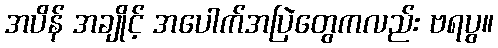
အပိန် အချိုင့် အပေါက်အပြဲတွေကလည်း ဗရပွ။